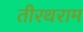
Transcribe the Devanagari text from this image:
तीरथराम